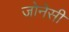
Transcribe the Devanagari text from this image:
जोनेसी